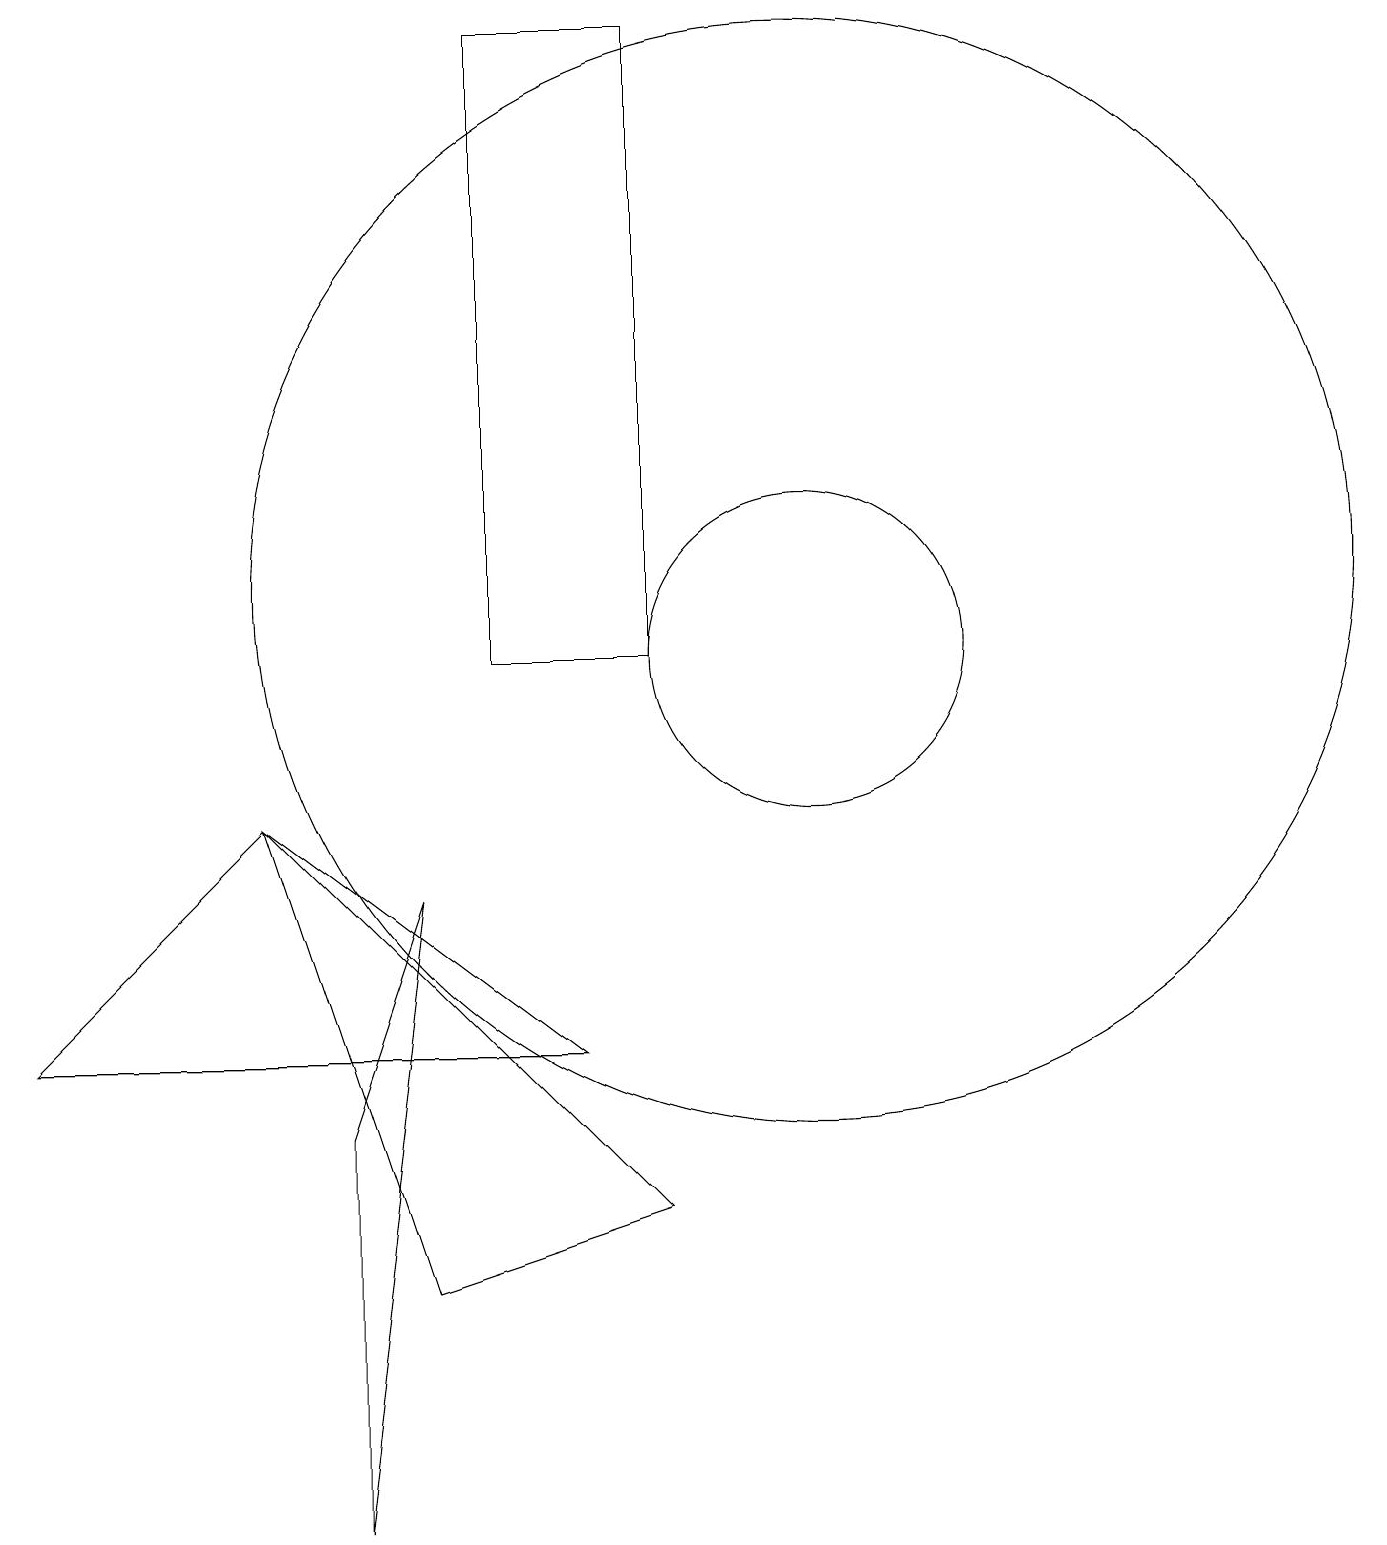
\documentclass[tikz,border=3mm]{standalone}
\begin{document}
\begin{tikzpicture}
\draw (0,6) -- (7,6) -- (3,9) -- cycle;
\draw (4,5) -- (5,8) -- (4,0) -- cycle;
\draw (10,11) circle (2);
\draw (6,19) rectangle (8,11);
\draw (10,12) circle (7);
\draw (8,4) -- (5,3) -- (3,9) -- cycle;
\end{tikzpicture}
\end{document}